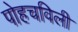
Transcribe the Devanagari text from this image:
पोहचविली